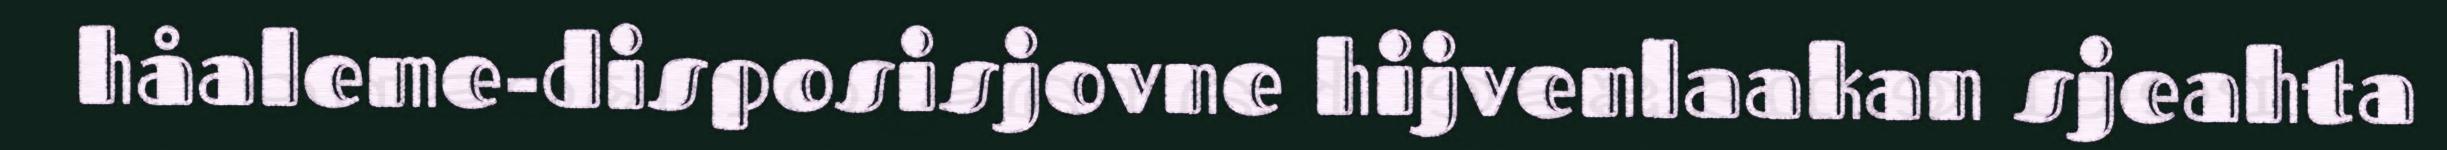
håaleme-disposisjovne hijvenlaakan sjeahta